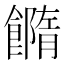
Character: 𩞢